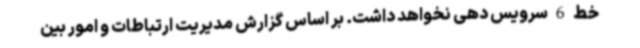
خط 6 سرویس دهی نخواهد داشت. بر اساس گزارش مدیریت ارتباطات و امور بین